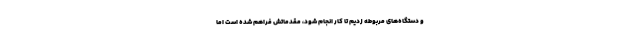
و دستگاه‌های مربوطه زدیم تا کار انجام شود، مقدماتش فراهم شده است اما